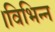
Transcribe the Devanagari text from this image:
।विभिन्न